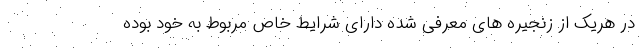
در هریک از زنجیره های معرفی شده دارای شرایط خاص مربوط به خود بوده